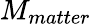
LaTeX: M_{matter}